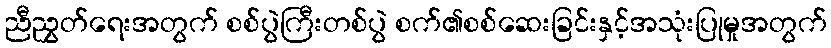
ညီညွှတ်ရေးအတွက် စစ်ပွဲကြီးတစ်ပွဲ စက်၏စစ်ဆေးခြင်းနှင့်အသုံးပြုမှုအတွက်